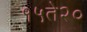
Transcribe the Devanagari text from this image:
१५ते२०